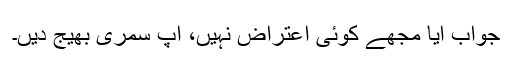
جواب آیا مجھے کوئی اعتراض نہیں، آپ سمری بھیج دیں۔